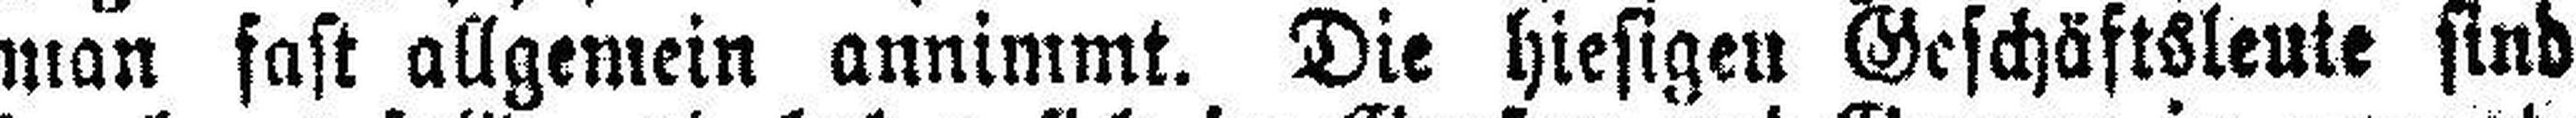
man fast allgemein annimmt. Die hiesigen Geschäftsleute sind